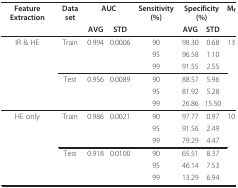
| Feature Extraction | Data set | <COLSPAN=2> AUC | Sensitivity (%) | <COLSPAN=2> Specificity (%) | Mf |
 |  |  | AVG | STD |  | AVG | STD |  |
 | --- | --- | --- | --- | --- | --- | --- | --- |
 | IR & HE | Train | 0.994 | 0.0006 | 90 | 98.30 | 0.68 | 13 |
 |  |  |  |  | 95 | 96.58 | 1.10 |  |
 |  |  |  |  | 99 | 91.55 | 2.55 |  |
 |  | Test | 0.956 | 0.0089 | 90 | 88.57 | 5.96 |  |
 |  |  |  |  | 95 | 81.92 | 5.28 |  |
 |  |  |  |  | 99 | 26.86 | 15.50 |  |
 | HE only | Train | 0.986 | 0.0021 | 90 | 97.77 | 0.97 | 10 |
 |  |  |  |  | 95 | 91.56 | 2.49 |  |
 |  |  |  |  | 99 | 79.29 | 4.47 |  |
 |  | Test | 0.918 | 0.0100 | 90 | 65.51 | 8.37 |  |
 |  |  |  |  | 95 | 46.14 | 7.53 |  |
 |  |  |  |  | 99 | 13.29 | 6.94 |  |